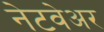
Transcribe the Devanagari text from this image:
नेटवेअर